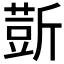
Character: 𰕢